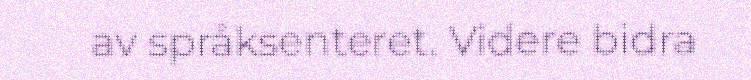
av språksenteret. Videre bidra